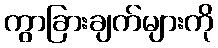
ကွာခြားချက်များကို